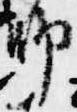
師